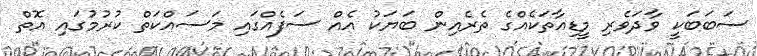
ސަބަބަކީ ވާދަވެރި މީޑިއާތަކެއްގެ ތެރެއިން ބަޔަކު އެއް ސަފެއްގައި މަސައްކަތް ކުރުމުގައި އޮތް